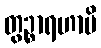
တွဉ္စာရဟာမိ